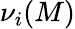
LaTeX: \nu_{i}(M)